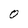
Character: O